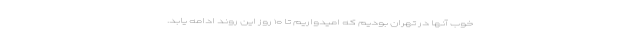
خوب آنها در تهران بودیم که امیدواریم تا ۱۰ روز این روند ادامه یابد.